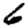
Digit: 6